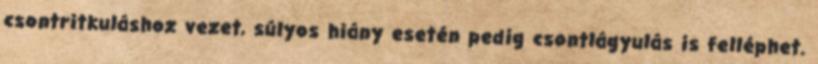
csontritkuláshoz vezet, súlyos hiány esetén pedig csontlágyulás is felléphet.